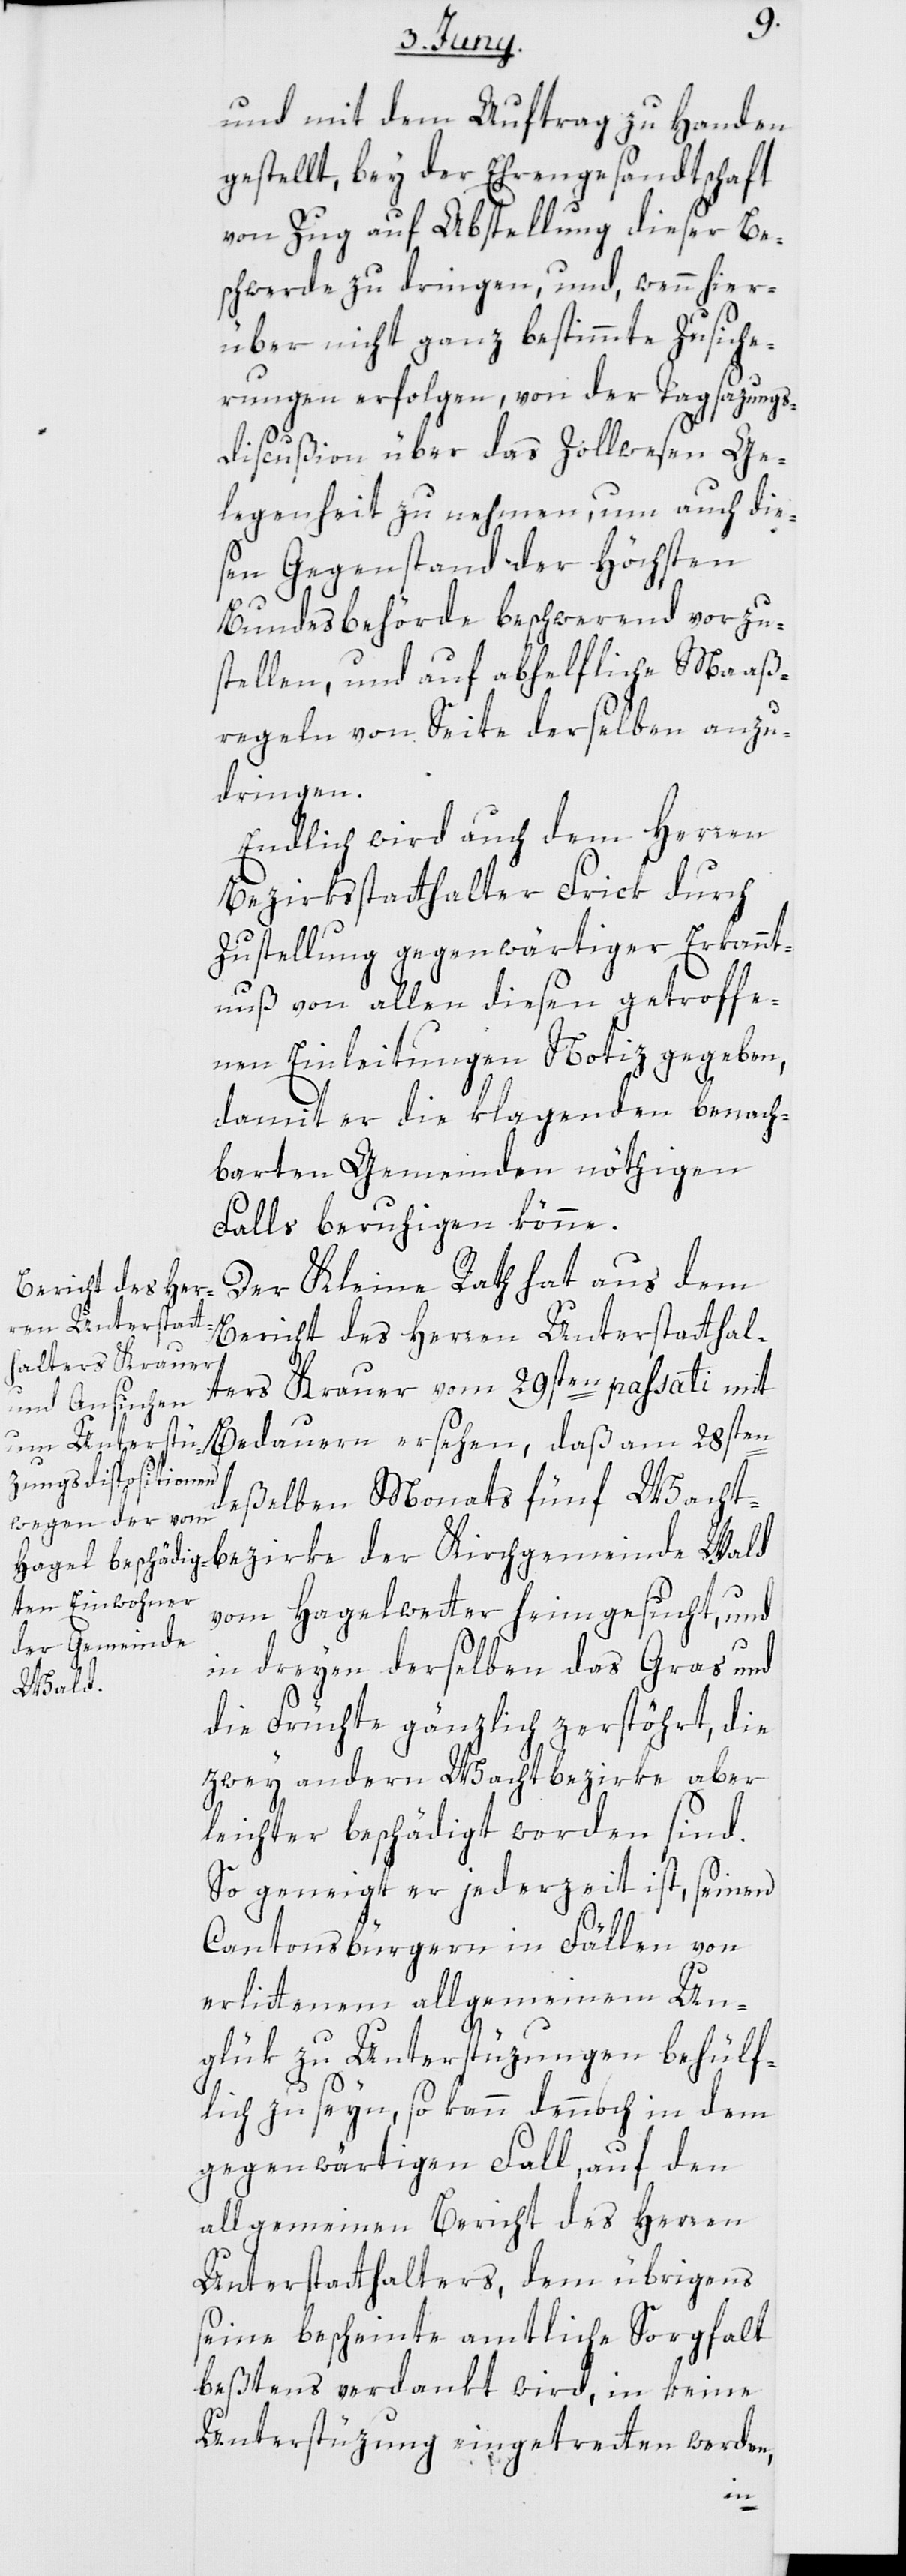
und mit dem Auftrag zu Handen
gestellt, bey der Ehrengesandtschaft
von Zug auf Abstellung dieser Be¬
schwerde zu dringen, und, wenn hier¬
über nicht ganz bestimmte Zusiche¬
rungen erfolgen, von der Tagsazungs¬
discußion über das Zollwesen Ge¬
legenheit zu nehmen, um auch die¬
sen Gegenstand der höchsten
Bundesbehörde beschwerend vorzu¬
stellen, und auf abhelfliche Maaß¬
regeln von Seite derselben anzu¬
dringen.
Endlich wird auch dem Herren
Bezirksstatthalter Frick durch
Zustellung gegenwärtiger Erkannt¬
nuß von allen diesen getroffe¬
nen Einleitungen Notiz gegeben,
damit er die klagenden benach¬
barten Gemeinden nöthigen
Falls beruhigen könne.
Der Kleine Rath hat aus dem
Bericht des Herren Unterstatthal¬
ters Krauer vom 29sten passati mit
Bedauern ersehen, daß am 28sten
deßelben Monats fünf Wacht¬
vom Hagelwetter heimgesucht, und
in dreyen derselben das Gras und
Wald
die Früchte gänzlich zerstöhrt, die
zwey andern Wachtbezirke aber
leichter beschädigt worden sind.
So geneigt er jederzeit ist, seinen
Cantonsbürgern in Fällen von
erlittenem allgemeinen Un¬
glük zu Unterstüzungen behülf¬
lich zu seyn, so kann dennoch in dem
gegenwärtigen Fall, auf den
allgemeinen Bericht des Herren
Unterstatthalters, dem übrigens
seine bescheinte amtliche Sorgfalt
beßtens verdankt wird, in keine
Unterstüzung eingetretten werden,
der